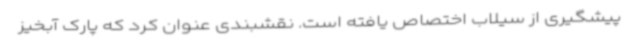
پیشگیری از سیلاب اختصاص یافته است. نقشبندی عنوان کرد که پارک آبخیز